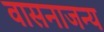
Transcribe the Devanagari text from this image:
वासनाजन्य